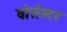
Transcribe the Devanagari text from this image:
वोर्सस्टर